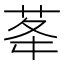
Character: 𦮔